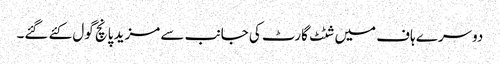
دوسرے ہاف میں شٹٹ گارٹ کی جانب سے مزید پانچ گول کئے گئے۔